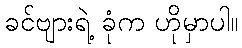
ခင်ဗျားရဲ့ ခုံက ဟိုမှာပါ။